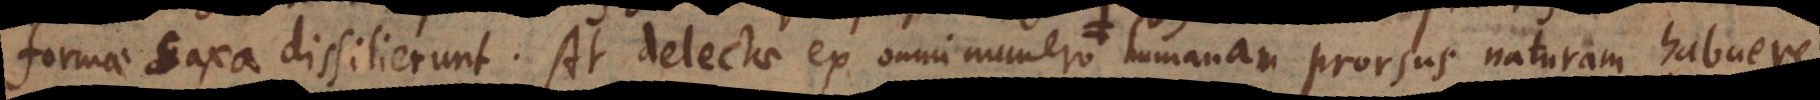
formae saxa dissilierunt. At delectae ex omni numero humanam prorsus naturam habuere.